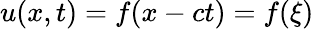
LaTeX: u(x,t)=f(x-ct)=f(\xi)